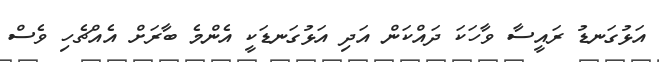
އަޅުގަނޑު ރައީސާ ވާހަކަ ދައްކަން އަދި އަޅުގަނޑަކީ އެންމެ ބާރަށް އެއްޗެހި ވެސް